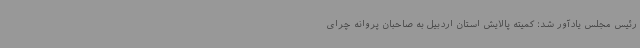
رئیس مجلس یادآور شد: کمیته پالایش استان اردبیل به صاحبان پروانه چرای